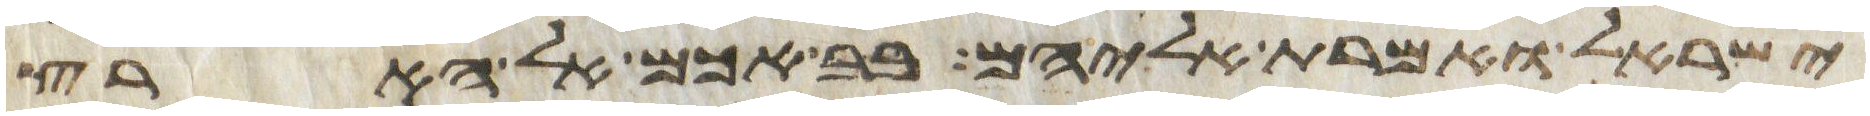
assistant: ישראל ואמרת אליהם בבאכם אל הארץ